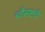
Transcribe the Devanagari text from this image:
चौसष्टचे